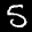
Label: 5